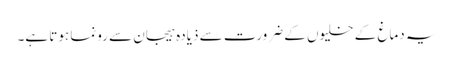
یہ دماغ کے خلیوں کے ضرورت سے ذیادہ ہیجان سے رونما ہوتا ہے۔